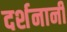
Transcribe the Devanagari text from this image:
दर्शनानी